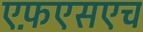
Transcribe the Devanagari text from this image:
एफ़एसएच